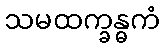
သမထက္ခန္ဓကံ